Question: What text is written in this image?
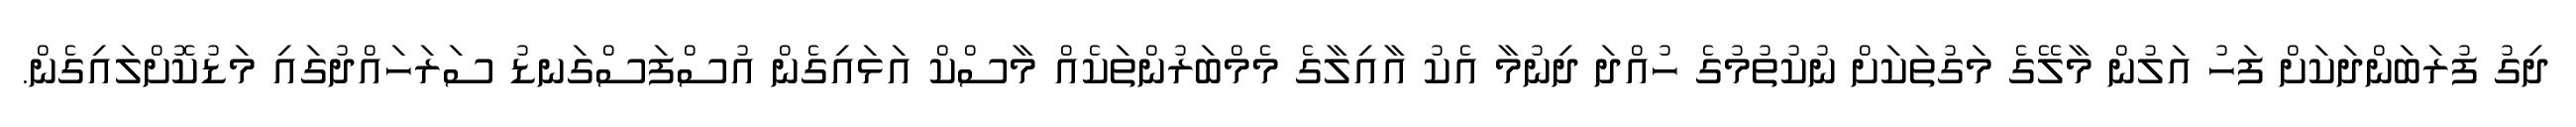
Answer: ދިގު ފުރަބަންދަކަށް ފަހު އަލުން މާލޭގެ މަގުތަކަށް ނުކުތުމުގެ ހުއްދަ ދިނުމާ އެކު އާއިލާގެ މެމްބަރުންތަކެއް މާސްކް އަޅައިގެން އުސްފަސްގަނޑު ސަރަހައްދުގައި މަޑުކޮށްލައިގެން.